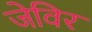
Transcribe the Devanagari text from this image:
जेविर